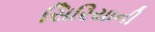
સિરિયાની